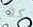
كلا